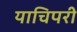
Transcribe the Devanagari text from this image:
याचिपरी